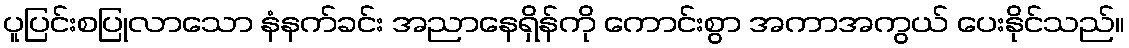
ပူပြင်းစပြုလာသော နံနက်ခင်း အညာနေရှိန်ကို ကောင်းစွာ အကာအကွယ် ပေးနိုင်သည်။